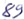
Text: 89